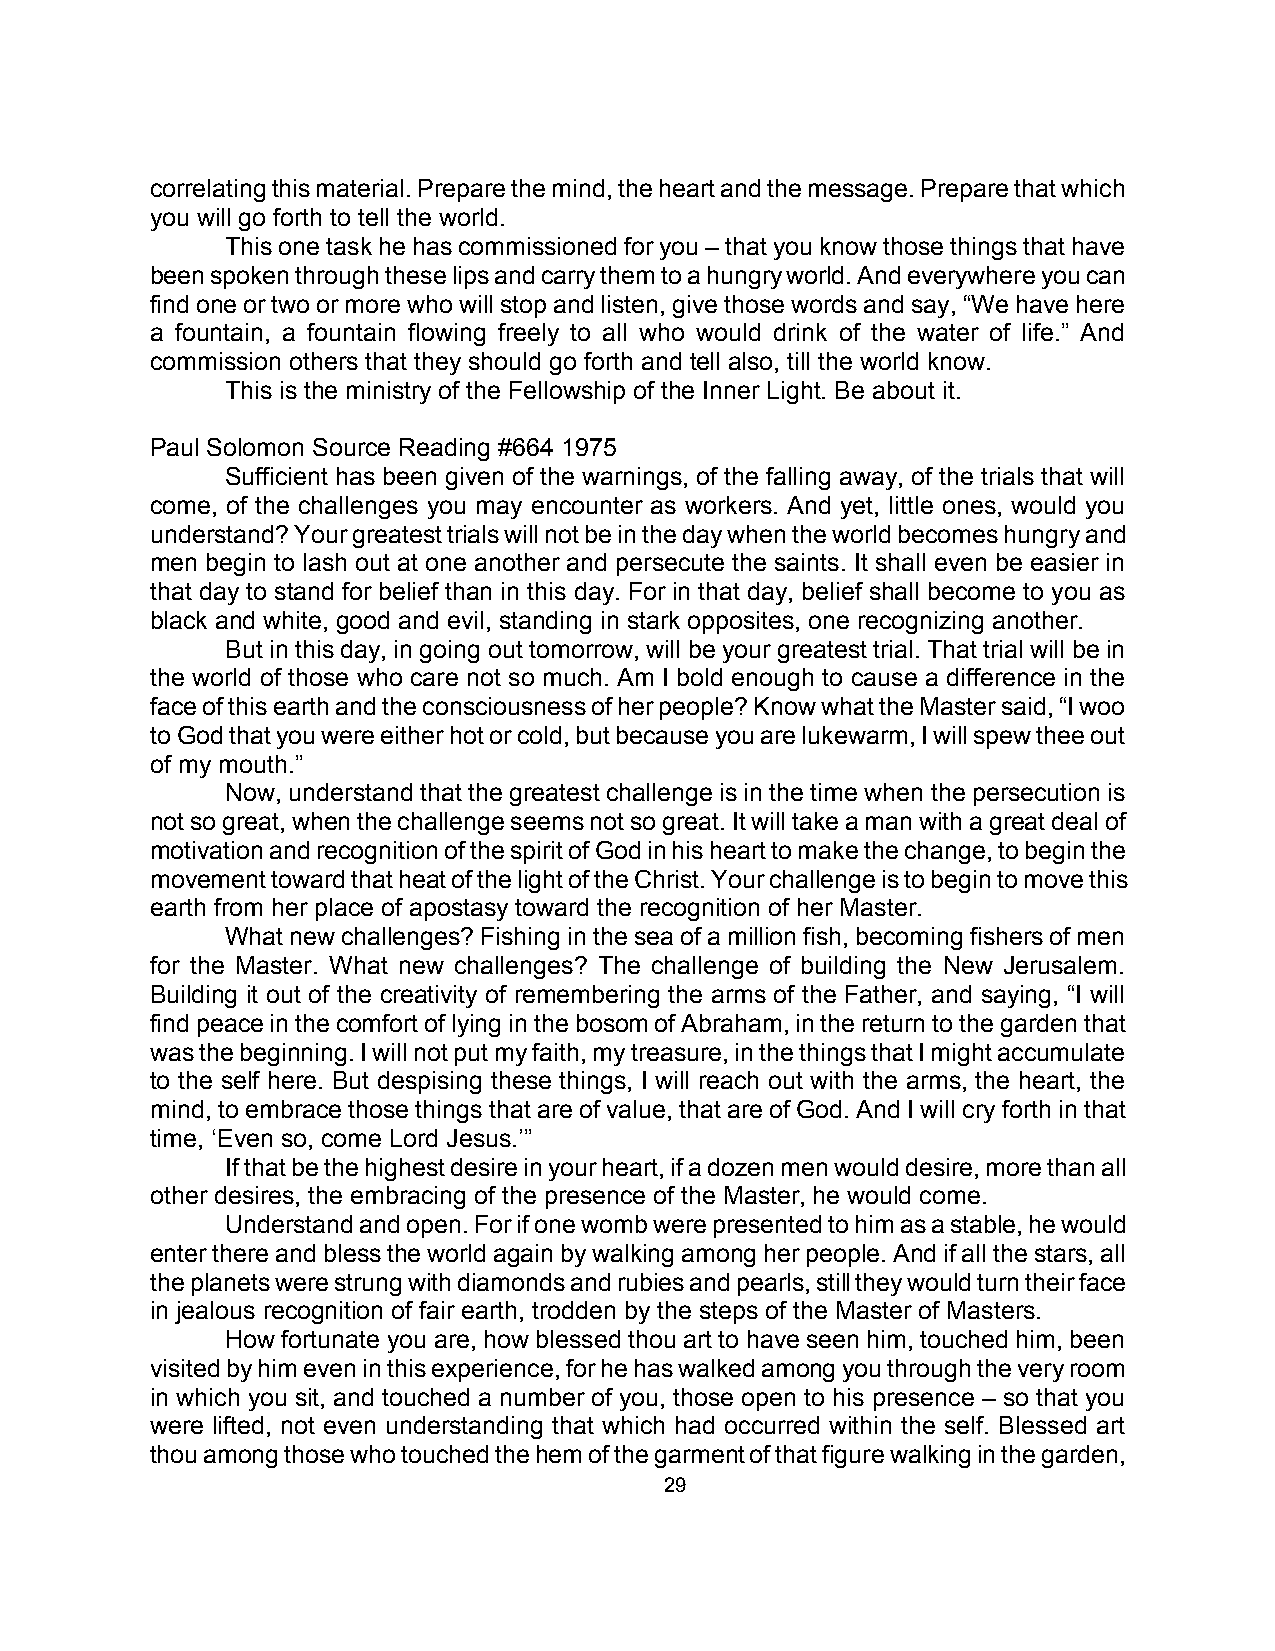
correlating this material. Prepare the mind, the heart and the message. Prepare that which
 you will go forth to tell the world.
 This one task he has commissioned for you – that you know those things that have
 been spoken through these lips and carry them to a hungry world. And everywhere you can
 find one or two or more who will stop and listen, give those words and say, “We have here
 a fountain, a fountain flowing freely to all who would drink of the water of life.” And
 commission others that they should go forth and tell also, till the world know.
 This is the ministry of the Fellowship of the Inner Light. Be about it.
 Paul Solomon Source Reading #664 1975
 Sufficient has been given of the warnings, of the falling away, of the trials that will
 come, of the challenges you may encounter as workers. And yet, little ones, would you
 understand? Your greatest trials will not be in the day when the world becomes hungry and
 men begin to lash out at one another and persecute the saints. It shall even be easier in
 that day to stand for belief than in this day. For in that day, belief shall become to you as
 black and white, good and evil, standing in stark opposites, one recognizing another.
 But in this day, in going out tomorrow, will be your greatest trial. That trial will be in
 the world of those who care not so much. Am I bold enough to cause a difference in the
 face of this earth and the consciousness of her people? Know what the Master said, “I woo
 to God that you were either hot or cold, but because you are lukewarm, I will spew thee out
 of my mouth.”
 Now, understand that the greatest challenge is in the time when the persecution is
 not so great, when the challenge seems not so great. It will take a man with a great deal of
 motivation and recognition of the spirit of God in his heart to make the change, to begin the
 movement toward that heat of the light of the Christ. Your challenge is to begin to move this
 earth from her place of apostasy toward the recognition of her Master.
 What new challenges? Fishing in the sea of a million fish, becoming fishers of men
 for the Master. What new challenges? The challenge of building the New Jerusalem.
 Building it out of the creativity of remembering the arms of the Father, and saying, “I will
 find peace in the comfort of lying in the bosom of Abraham, in the return to the garden that
 was the beginning. I will not put my faith, my treasure, in the things that I might accumulate
 to the self here. But despising these things, I will reach out with the arms, the heart, the
 mind, to embrace those things that are of value, that are of God. And I will cry forth in that
 time, ‘Even so, come Lord Jesus.’”
 If that be the highest desire in your heart, if a dozen men would desire, more than all
 other desires, the embracing of the presence of the Master, he would come.
 Understand and open. For if one womb were presented to him as a stable, he would
 enter there and bless the world again by walking among her people. And if all the stars, all
 the planets were strung with diamonds and rubies and pearls, still they would turn their face
 in jealous recognition of fair earth, trodden by the steps of the Master of Masters.
 How fortunate you are, how blessed thou art to have seen him, touched him, been
 visited by him even in this experience, for he has walked among you through the very room
 in which you sit, and touched a number of you, those open to his presence – so that you
 were lifted, not even understanding that which had occurred within the self. Blessed art
 thou among those who touched the hem of the garment of that figure walking in the garden,
 29